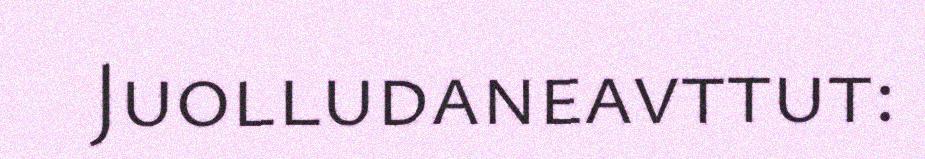
Juolludaneavttut: